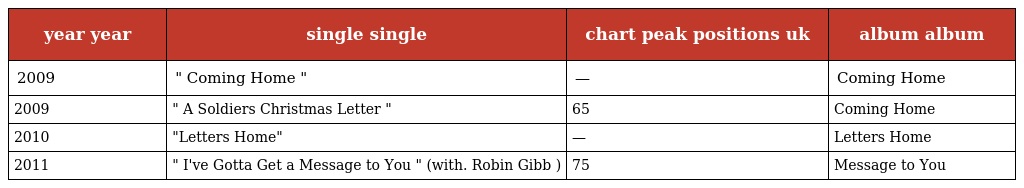
| year year | single single | chart peak positions uk | album album |
 | --- | --- | --- | --- |
 | 2009 | " Coming Home " | — | Coming Home |
 | 2009 | " A Soldiers Christmas Letter " | 65 | Coming Home |
 | 2010 | "Letters Home" | — | Letters Home |
 | 2011 | " I've Gotta Get a Message to You " (with. Robin Gibb ) | 75 | Message to You |